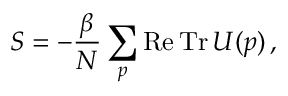
S = - \frac { \beta } { N } \sum _ { p } \mathrm { R e \, T r } \, U ( p ) \, ,